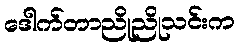
ဒေါက်တာညိုညိုသင်းက